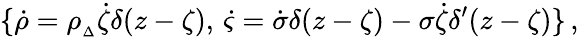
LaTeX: \{ \dot{\rho}=\rho_{{}_{\Delta}}\dot{\zeta}\delta(z-\zeta),\, \dot{\varsigma}=\dot{\sigma}\delta(z-\zeta)-\sigma\dot{\zeta}\delta^{\prime}(z-\zeta)\} \, ,